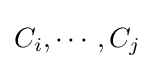
C_{i},\cdots ,C_{j}